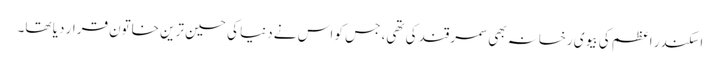
اسکندر اعظم کی بیوی رخسانہ بھی سمرقند کی تھی، جس کو اس نے دنیا کی حسین ترین خاتون قرار دیا تھا۔